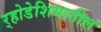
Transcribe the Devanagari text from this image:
र्‍होडेशियातील